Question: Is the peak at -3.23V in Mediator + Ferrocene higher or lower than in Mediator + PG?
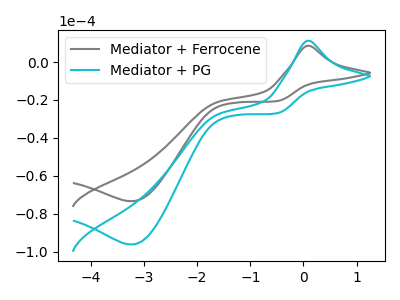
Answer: <think>The gray curve "Mediator + Ferrocene" has an anodic peak at (0.10V, 8.55uA) and a cathodic peak at (-3.25V, -73.40uA). The cyan curve "Mediator + PG" has an anodic peak at (0.10V, 11.20uA) and a cathodic peak at (-3.25V, -96.25uA).</think>
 <answer>The peak at -3.23V is lower in "Mediator + Ferrocene" than in "Mediator + PG".</answer>
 <eval>lower</eval>